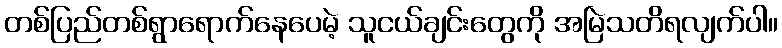
တစ်ပြည်တစ်ရွာရောက်နေပေမဲ့ သူငယ်ချင်းတွေကို အမြဲသတိရလျက်ပါ။